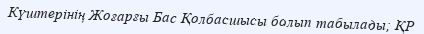
Күштерінің Жоғарғы Бас Қолбасшысы болып табылады; ҚР